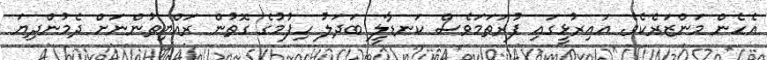
އެހެން މަންޒަރެކެވެ. އައިރުޅީގައި ފުރަތަމަވެސް ކަނޑާލީ ބަދަލު ހިފުމުގެ ގޮތުން ރައްޔިތުންނަށް ދެމުންދިޔަ